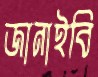
জানাইবি